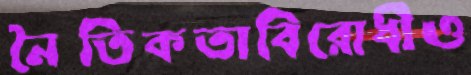
নৈতিকতাবিরোধীও